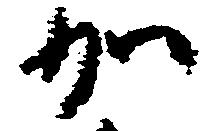
加